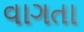
વાગતા